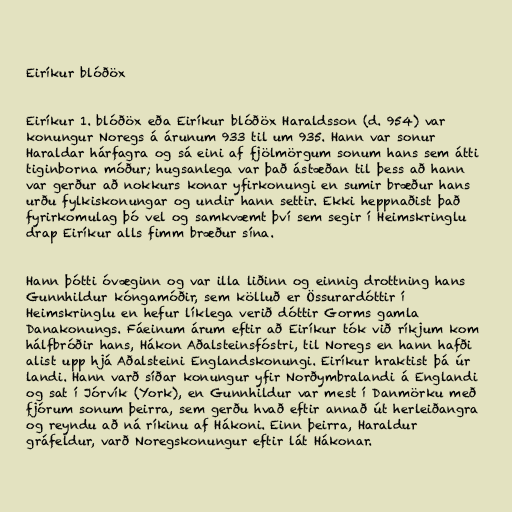
Eiríkur blóðöx

Eiríkur 1. blóðöx eða Eiríkur blóðöx Haraldsson (d. 954) var
konungur Noregs á árunum 933 til um 935. Hann var sonur
Haraldar hárfagra og sá eini af fjölmörgum sonum hans sem átti
tiginborna móður; hugsanlega var það ástæðan til þess að hann
var gerður að nokkurs konar yfirkonungi en sumir bræður hans
urðu fylkiskonungar og undir hann settir. Ekki heppnaðist það
fyrirkomulag þó vel og samkvæmt því sem segir í Heimskringlu
drap Eiríkur alls fimm bræður sína.

Hann þótti óvæginn og var illa liðinn og einnig drottning hans
Gunnhildur kóngamóðir, sem kölluð er Össurardóttir í
Heimskringlu en hefur líklega verið dóttir Gorms gamla
Danakonungs. Fáeinum árum eftir að Eiríkur tók við ríkjum kom
hálfbróðir hans, Hákon Aðalsteinsfóstri, til Noregs en hann hafði
alist upp hjá Aðalsteini Englandskonungi. Eiríkur hraktist þá úr
landi. Hann varð síðar konungur yfir Norðymbralandi á Englandi
og sat í Jórvík (York), en Gunnhildur var mest í Danmörku með
fjórum sonum þeirra, sem gerðu hvað eftir annað út herleiðangra
og reyndu að ná ríkinu af Hákoni. Einn þeirra, Haraldur
gráfeldur, varð Noregskonungur eftir lát Hákonar.